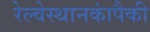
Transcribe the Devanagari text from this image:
रेल्वेस्थानकांपैकी